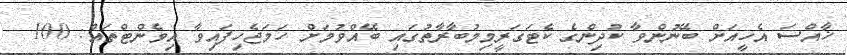
ޚާއްސަ އެހީއަށް ބޭނުންވާ ކުދިންގެ ކެޓަގަރީމިމުބާރާތުގައި ބޭއްވުމަށް ހަމަޖެހިފައިވާ އިވެންޓްތައް: 100